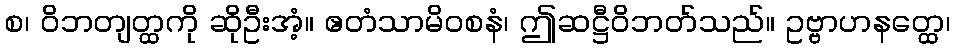
စ၊ ဝိဘတျတ္ထကို ဆိုဦးအံ့။ ဧတံသာမိဝစနံ၊ ဤဆဋ္ဌီဝိဘတ်သည်။ ဥဗ္ဗာဟနတ္ထေ၊